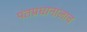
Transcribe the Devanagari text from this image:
पंतप्रधानालाच